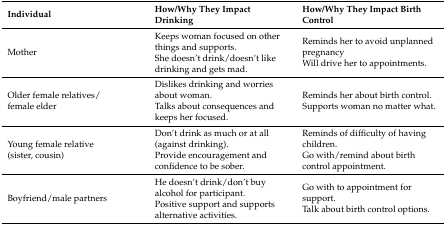
<table><thead><tr><td><b>Individual</b></td><td><b>How/Why They Impact Drinking</b></td><td><b>How/Why They Impact Birth Control</b></td></tr></thead><tbody><tr><td>Mother</td><td>Keeps woman focused on other things and supports.She doesn’t drink/doesn’t like drinking and gets mad.</td><td>Reminds her to avoid unplanned pregnancyWill drive her to appointments.</td></tr><tr><td>Older female relatives/female elder</td><td>Dislikes drinking and worries about woman.Talks about consequences and keeps her focused.</td><td>Reminds her about birth control.Supports woman no matter what.</td></tr><tr><td>Young female relative (sister, cousin)</td><td>Don’t drink as much or at all (against drinking).Provide encouragement and confidence to be sober.</td><td>Reminds of difficulty of having children.Go with/remind about birth control appointment.</td></tr><tr><td>Boyfriend/male partners</td><td>He doesn’t drink/don’t buy alcohol for participant.Positive support and supports alternative activities.</td><td>Go with to appointment for support. Talk about birth control options.</td></tr></tbody></table>